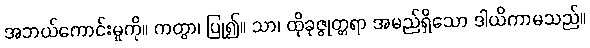
အဘယ်ကောင်းမှုကို။ ကတွာ၊ ပြု၍။ သာ၊ ထိုခုဇ္ဇုတ္တရာ အမည်ရှိသော ဒါယိကာမသည်။